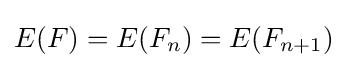
E(F)=E(F_{n})=E(F_{n+1})